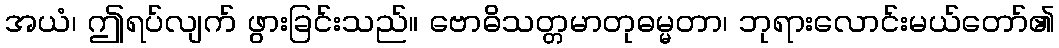
အယံ၊ ဤရပ်လျက် ဖွားခြင်းသည်။ ဗောဓိသတ္တမာတုဓမ္မတာ၊ ဘုရားလောင်းမယ်တော်၏